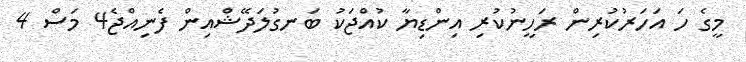
މީގެ ހަ އަހަރުކުރިން ރަހީނުކުރި އިންޑިޔާ ކުއްޖަކު ބަނގުލަދޭޝްއިން ފެނިއްޖެ4 މަސް 4